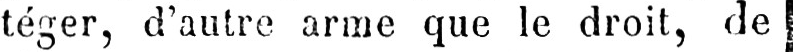
téger, d’autre arme que le droit, de